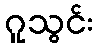
ဂူသွင်း